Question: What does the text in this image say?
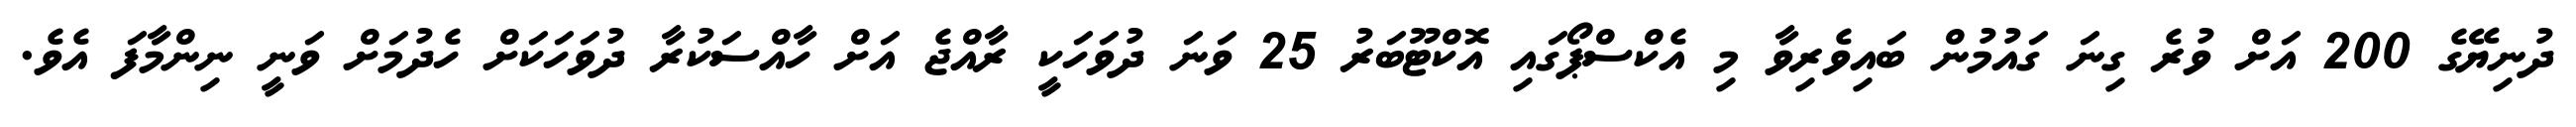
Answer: ދުނިޔޭގެ 200 އަށް ވުރެ ގިނަ ގައުމުން ބައިވެރިވާ މި އެކްސްޕޯގައި އޮކްޓޫބަރު 25 ވަނަ ދުވަހަކީ ރާއްޖެ އަށް ހާއްސަކުރާ ދުވަހަކަށް ހެދުމަށް ވަނީ ނިންމާފަ އެވެ.